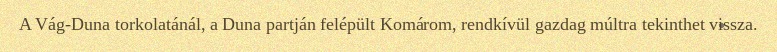
A Vág-Duna torkolatánál, a Duna partján felépült Komárom, rendkívül gazdag múltra tekinthet vissza.